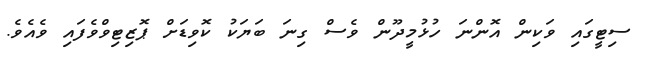
ސިޓީގައި ވަކިން އޮންނަ ހުޅުމީދޫން ވެސް ގިނަ ބަޔަކު ކޮވިޑަށް ޕޮޒިޓިވްވެފައި ވެއެވެ.